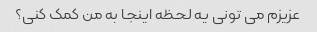
عزیزم می تونی یه لحظه اینجا به من کمک کنی؟